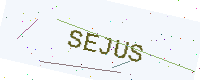
Text: SEJUS